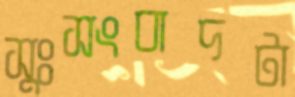
সুঃসংবাদটা